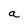
Character: a